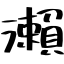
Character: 瀨